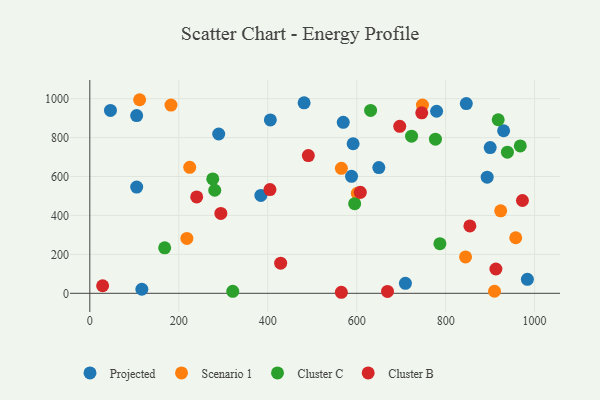
{"axis": {"x": "Price", "y": "Profit"}, "legend": ["Cluster B", "Cluster C", "Projected", "Scenario 1"], "data": [{"x": "983.8", "y": 72.0, "type": "Projected"}, {"x": "481.8", "y": 978.6, "type": "Projected"}, {"x": "588.4", "y": 601.0, "type": "Projected"}, {"x": "900.2", "y": 748.5, "type": "Projected"}, {"x": "779.7", "y": 935.4, "type": "Projected"}, {"x": "117.0", "y": 20.8, "type": "Projected"}, {"x": "384.6", "y": 502.7, "type": "Projected"}, {"x": "289.8", "y": 818.6, "type": "Projected"}, {"x": "846.5", "y": 974.7, "type": "Projected"}, {"x": "46.4", "y": 939.5, "type": "Projected"}, {"x": "592.0", "y": 768.3, "type": "Projected"}, {"x": "649.8", "y": 645.8, "type": "Projected"}, {"x": "893.4", "y": 596.7, "type": "Projected"}, {"x": "709.6", "y": 51.2, "type": "Projected"}, {"x": "930.4", "y": 835.1, "type": "Projected"}, {"x": "405.9", "y": 890.6, "type": "Projected"}, {"x": "105.4", "y": 545.6, "type": "Projected"}, {"x": "105.3", "y": 913.3, "type": "Projected"}, {"x": "569.8", "y": 878.7, "type": "Projected"}, {"x": "565.6", "y": 642.1, "type": "Scenario 1"}, {"x": "112.0", "y": 994.6, "type": "Scenario 1"}, {"x": "182.5", "y": 967.3, "type": "Scenario 1"}, {"x": "957.6", "y": 285.5, "type": "Scenario 1"}, {"x": "601.4", "y": 513.8, "type": "Scenario 1"}, {"x": "923.8", "y": 423.9, "type": "Scenario 1"}, {"x": "224.6", "y": 647.1, "type": "Scenario 1"}, {"x": "909.9", "y": 10.6, "type": "Scenario 1"}, {"x": "218.2", "y": 282.0, "type": "Scenario 1"}, {"x": "747.9", "y": 967.5, "type": "Scenario 1"}, {"x": "844.8", "y": 187.1, "type": "Scenario 1"}, {"x": "938.9", "y": 724.9, "type": "Cluster C"}, {"x": "723.4", "y": 807.5, "type": "Cluster C"}, {"x": "918.2", "y": 891.6, "type": "Cluster C"}, {"x": "631.3", "y": 939.7, "type": "Cluster C"}, {"x": "168.3", "y": 233.7, "type": "Cluster C"}, {"x": "787.1", "y": 255.2, "type": "Cluster C"}, {"x": "321.4", "y": 10.3, "type": "Cluster C"}, {"x": "777.1", "y": 792.0, "type": "Cluster C"}, {"x": "276.4", "y": 587.9, "type": "Cluster C"}, {"x": "595.5", "y": 460.3, "type": "Cluster C"}, {"x": "967.8", "y": 757.2, "type": "Cluster C"}, {"x": "280.9", "y": 529.6, "type": "Cluster C"}, {"x": "240.3", "y": 495.3, "type": "Cluster B"}, {"x": "746.3", "y": 927.3, "type": "Cluster B"}, {"x": "294.6", "y": 410.4, "type": "Cluster B"}, {"x": "28.8", "y": 38.8, "type": "Cluster B"}, {"x": "696.8", "y": 858.1, "type": "Cluster B"}, {"x": "854.5", "y": 346.4, "type": "Cluster B"}, {"x": "669.3", "y": 9.8, "type": "Cluster B"}, {"x": "972.7", "y": 476.8, "type": "Cluster B"}, {"x": "491.3", "y": 707.9, "type": "Cluster B"}, {"x": "565.5", "y": 5.3, "type": "Cluster B"}, {"x": "608.2", "y": 519.0, "type": "Cluster B"}, {"x": "429.1", "y": 155.0, "type": "Cluster B"}, {"x": "405.0", "y": 532.8, "type": "Cluster B"}, {"x": "913.0", "y": 125.0, "type": "Cluster B"}]}